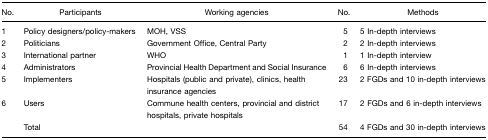
| No. | Participants | Working agencies | No. | Methods |
 | --- | --- | --- | --- | --- |
 | 1 | Policy designers/policy-makers | MOH, VSS | 5 | 5 In-depth interviews |
 | 2 | Politicians | Government Office, Central Party | 2 | 2 In-depth interviews |
 | 3 | International partner | WHO | 1 | 1 In-depth interview |
 | 4 | Administrators | Provincial Health Department and Social Insurance | 6 | 6 In-depth interviews |
 | 5 | Implementers | Hospitals (public and private), clinics, health insurance agencies | 23 | 2 FGDs and 10 in-depth interviews |
 | 6 | Users | Commune health centers, provincial and district hospitals, private hospitals | 17 | 2 FGDs and 6 in-depth interviews |
 |  | Total |  | 54 | 4 FGDs and 30 in-depth interviews |